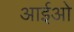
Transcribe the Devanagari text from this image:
आईओ